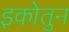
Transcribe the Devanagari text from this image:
इकोतुन